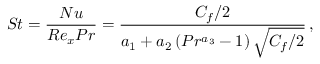
S t = \frac { N u } { R e _ { x } P r } = \frac { C _ { f } / 2 } { a _ { 1 } + a _ { 2 } \left( P r ^ { a _ { 3 } } - 1 \right) \sqrt { C _ { f } / 2 } } \, ,